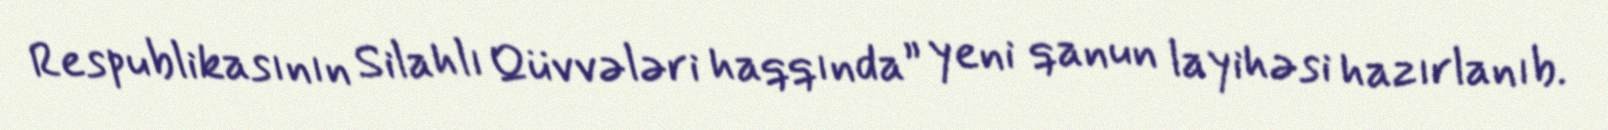
Respublikasının Silahlı Qüvvələri haqqında” yeni qanun layihəsi hazırlanıb.